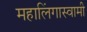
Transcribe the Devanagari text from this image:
महालिंगास्वामी